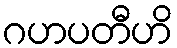
ဂဟပတီဟိ